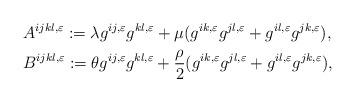
LaTeX: \begin{align*} & A^{ijkl,\varepsilon}:= \lambda g^{ij,\varepsilon}g^{kl,\varepsilon} + \mu(g^{ik,\varepsilon}g^{jl,\varepsilon} + g^{il,\varepsilon}g^{jk,\varepsilon} ), \\ & B^{ijkl,\varepsilon}:= \theta g^{ij,\varepsilon}g^{kl,\varepsilon} + \frac{\rho}{2}(g^{ik,\varepsilon}g^{jl,\varepsilon} + g^{il,\varepsilon}g^{jk,\varepsilon} ), \end{align*}